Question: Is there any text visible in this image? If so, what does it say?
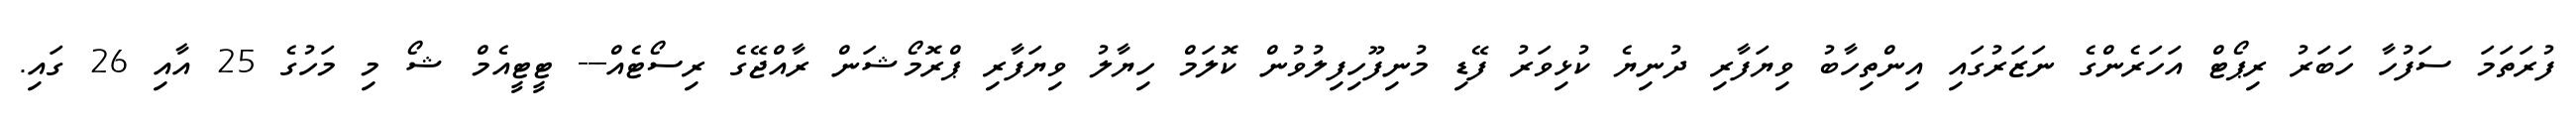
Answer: ފުރަތަމަ ސަފުހާ ހަބަރު ރިޕޯޓް އަހަރެންގެ ނަޒަރުގައި އިންތިހާބު ވިޔަފާރި ދުނިޔެ ކުޅިވަރު ފޭޑި މުނިފޫހިފިލުވުން ކޮލަމް ހިޔާލު ވިޔަފާރި ޕްރޮމޯޝަން ރާއްޖޭގެ ރިސޯޓެއް--- ޓީޓީއެމް ޝޯ މި މަހުގެ 25 އާއި 26 ގައި.